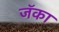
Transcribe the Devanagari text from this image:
जॅका